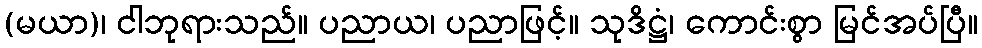
(မယာ)၊ ငါဘုရားသည်။ ပညာယ၊ ပညာဖြင့်။ သုဒိဋ္ဌံ၊ ကောင်းစွာ မြင်အပ်ပြီ။